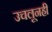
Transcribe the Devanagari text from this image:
उचलूनही